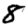
Digit: 8